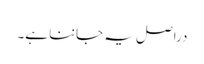
دراصل یہ جاننا ہے۔